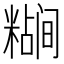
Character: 𬖷